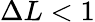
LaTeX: \Delta L<1